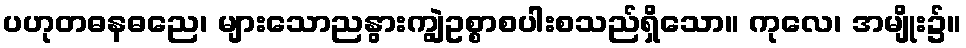
ပဟုတဓနဓညေ၊ များသောညနွားကျွဲဥစ္စာစပါးစသည်ရှိသော။ ကုလေ၊ အမျိုး၌။